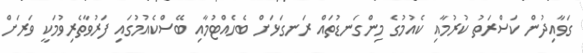
ގަވާއިދުން ކަސްރަތު ކުރުމާއި ކެއުމުގެ މިންގަނޑުތައް ރަނގަޅަށް ބެހެއްޓުމާއި ބޭސްކެއުމުގައި ފަރުވާތެރިވުމަކީ ވަރަށް